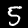
Label: 5